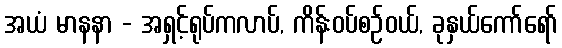
အယံ မာနနာ - အရှင့်ရုပ်ကလာပ်, ကိန်းဝပ်စဉ်ဝယ်, ခုနှယ်ကော်ရော်